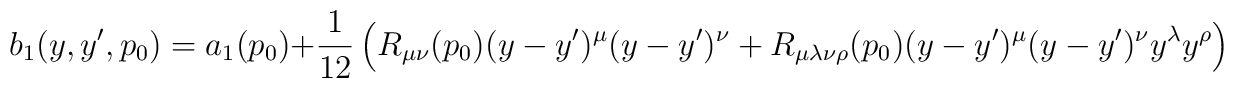
b_1(y,y',p_0)=a_1(p_0)+{1 \over 12}\left(R_{\mu\nu}(p_0)(y-y')^{\mu}(y-y')^{\nu}+R_{\mu\lambda\nu\rho}(p_0)(y-y')^{\mu}(y-y')^{\nu}y^{\lambda}y^{\rho}\right)